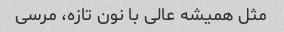
مثل همیشه عالی با نون تازه، مرسی